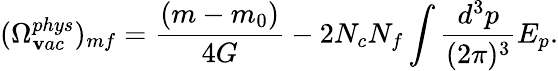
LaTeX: (\Omega_{\mathbf{v}ac}^{phys})_{mf}=\frac{{(m-m_{0})}}{{4G}}-2N_{c}N_{f}\int\frac{{d^{3}p}}{{(2\pi)^{3}}}E_{p}.